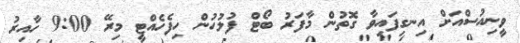
ވީނިއުސްއަށް އިނގިފައިވާ ގޮތުން މާފަރު ބޯޓް ފުލުހުން ހިފެހެއްޓީ މިރޭ 9:00 ހާއިރު